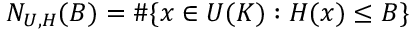
N _ { U , H } ( B ) = \# \{ x \in U ( K ) : H ( x ) \leq B \}